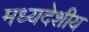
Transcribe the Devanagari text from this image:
मध्‍यदेशीय